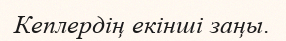
Кеплердің екінші заңы.